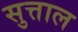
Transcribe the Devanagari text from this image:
सुत्ताल